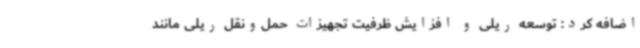
اضافه کرد: توسعه ریلی و افزایش ظرفیت تجهیزات حمل‌ونقل ریلی مانند